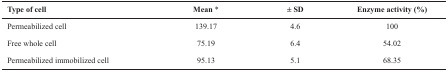
<table><thead><tr><td><b>Type of cell</b></td><td><b>Mean *</b></td><td><b>± SD</b></td><td><b>Enzyme activity (%)</b></td></tr></thead><tbody><tr><td>Permeabilized cell</td><td>139.17</td><td>4.6</td><td>100</td></tr><tr><td>Free whole cell</td><td>75.19</td><td>6.4</td><td>54.02</td></tr><tr><td>Permeabilized immobilized cell</td><td>95.13</td><td>5.1</td><td>68.35</td></tr></tbody></table>